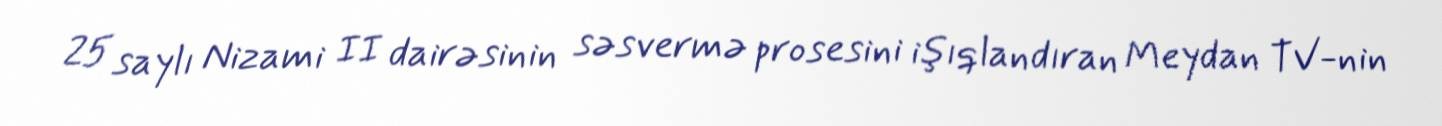
25 saylı Nizami II dairəsinin səsvermə prosesini işıqlandıran Meydan TV-nin